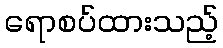
ရောစပ်ထားသည့်